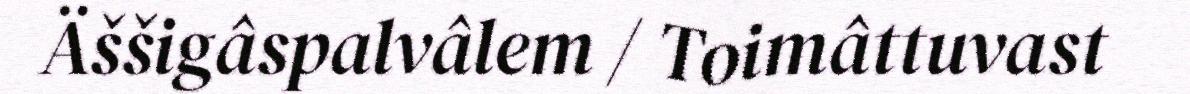
Äššigâspalvâlem / Toimâttuvast